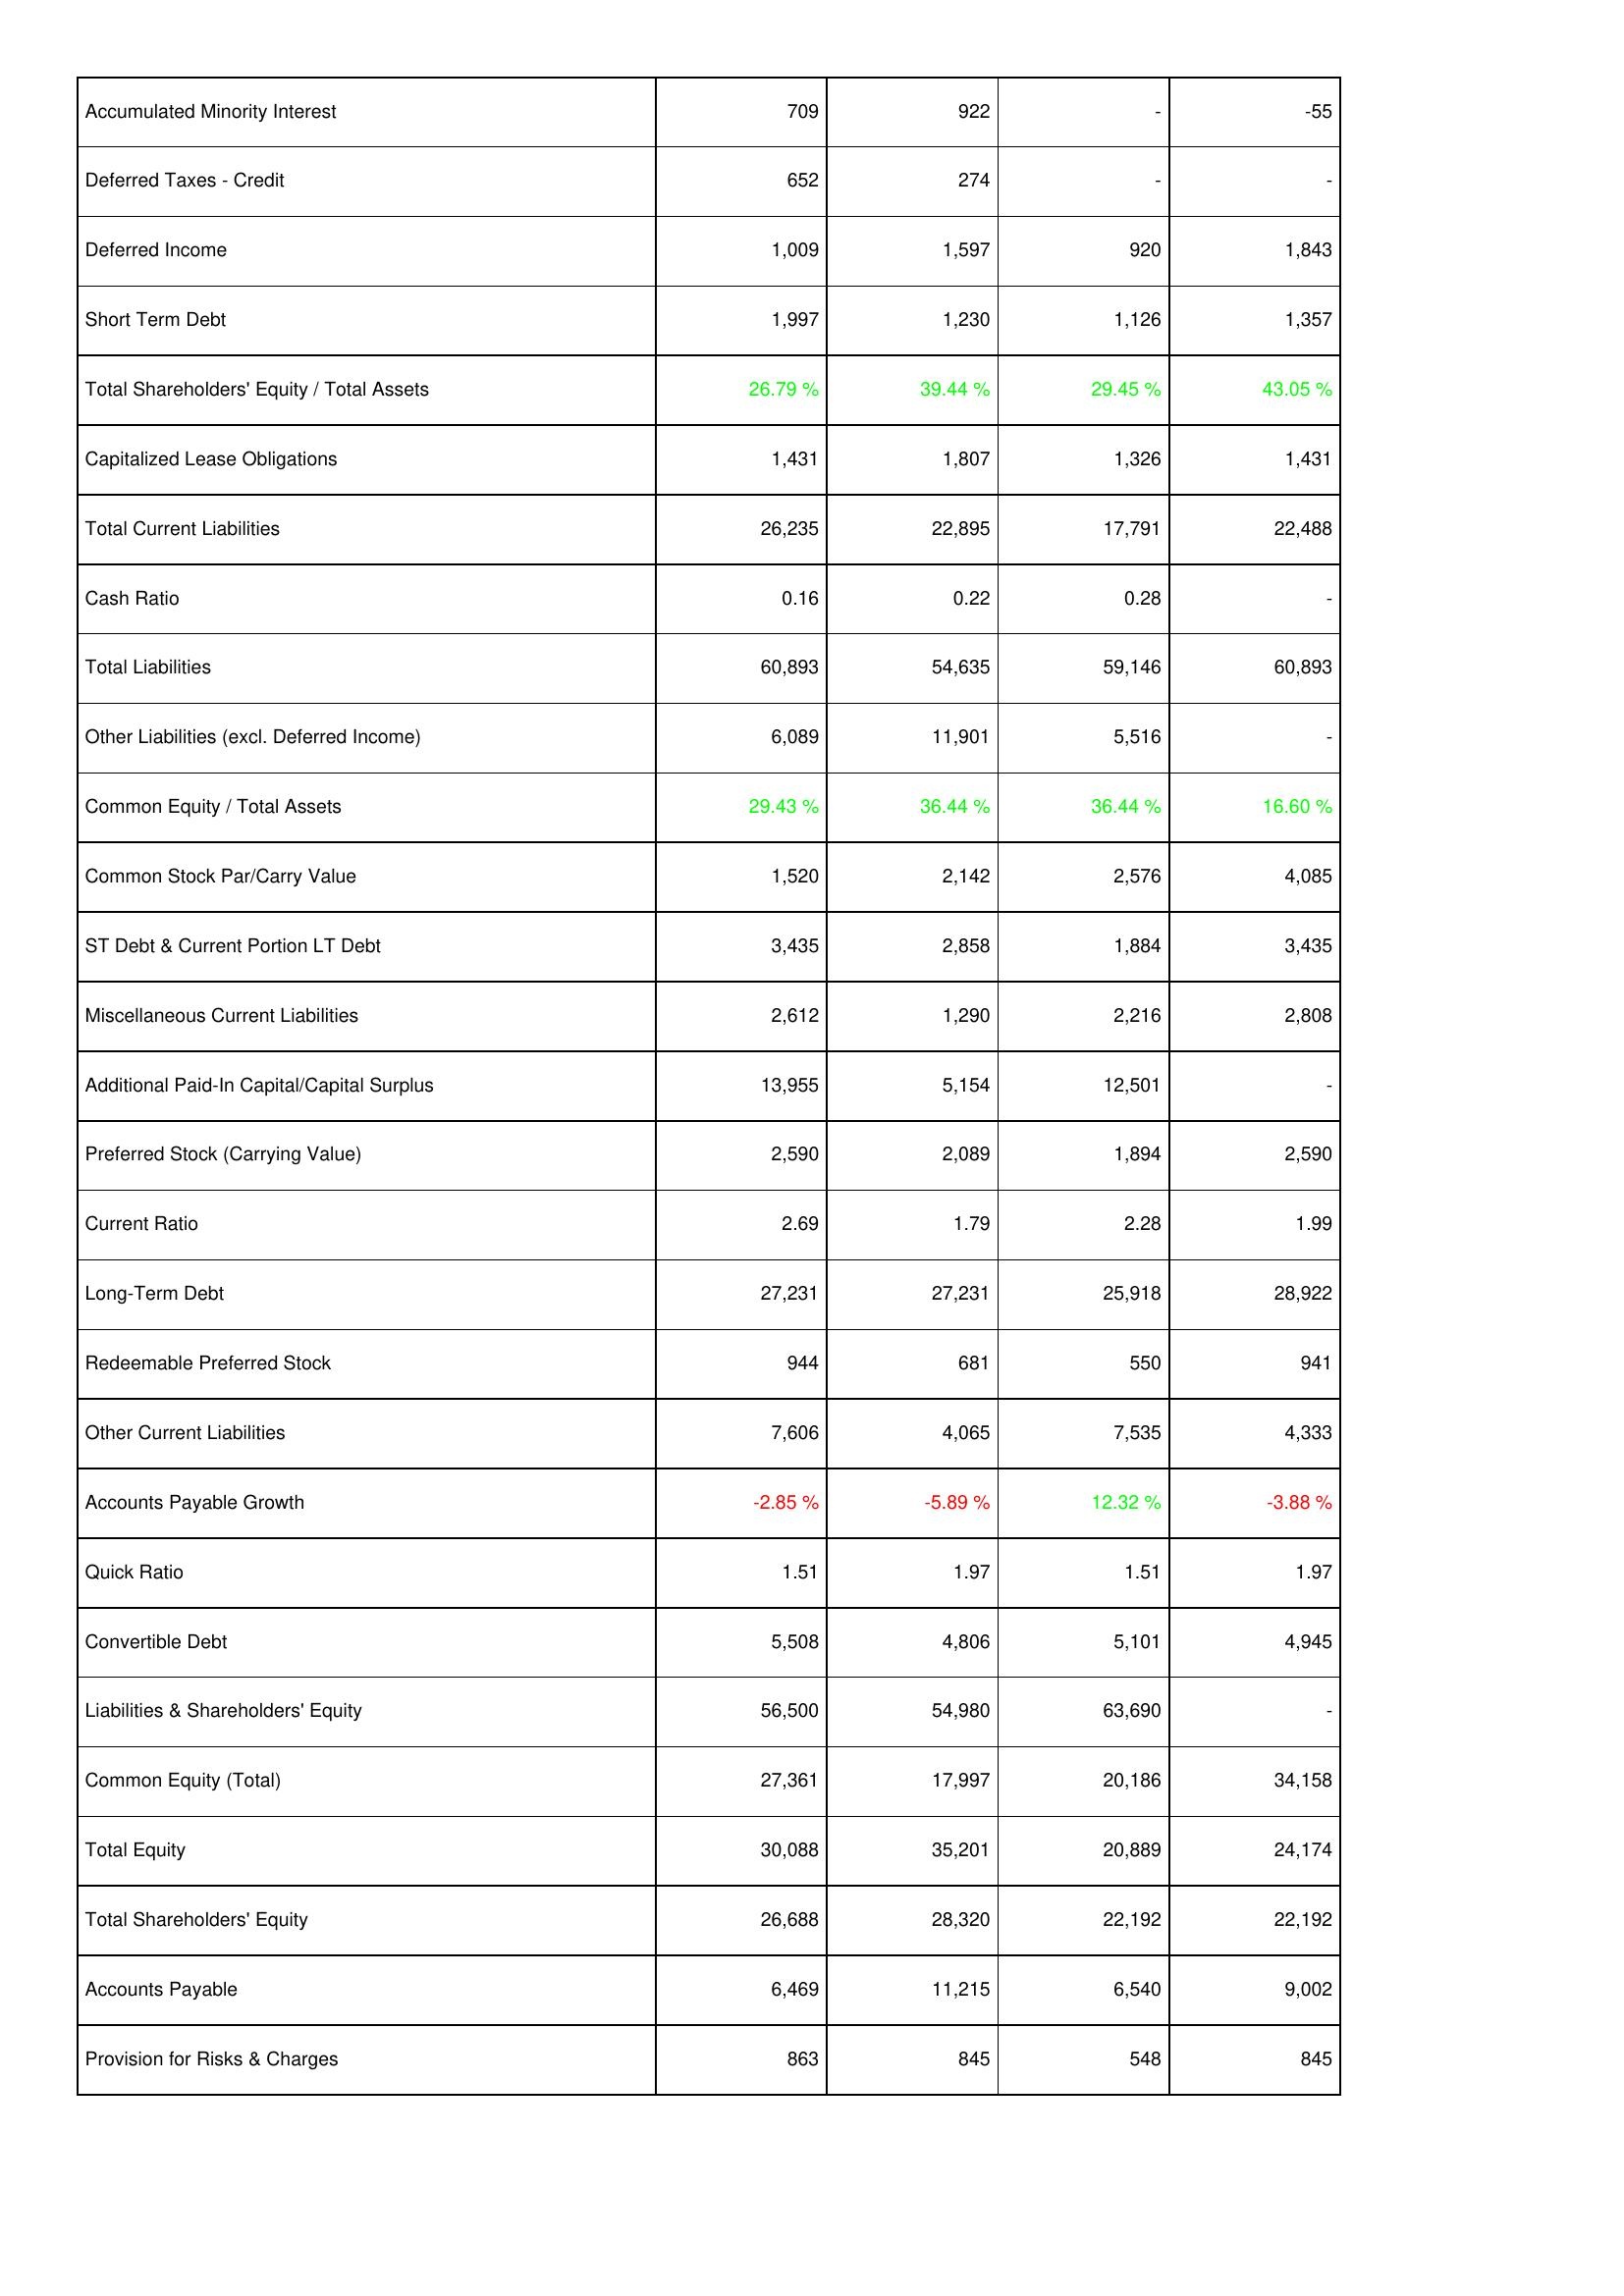
2009: Liabilities & Shareholders' Equity: Accumulated Minority Interest: 709
Deferred Taxes - Credit: 652
Deferred Income: 1,009
Short Term Debt: 1,997
Total Shareholders' Equity / Total Assets: 26.79 %
Capitalized Lease Obligations: 1,431
Total Current Liabilities: 26,235
Cash Ratio: 0.16
Total Liabilities: 60,893
Other Liabilities (excl. Deferred Income): 6,089
Common Equity / Total Assets: 29.43 %
Common Stock Par/Carry Value: 1,520
ST Debt & Current Portion LT Debt: 3,435
Miscellaneous Current Liabilities: 2,612
Additional Paid-In Capital/Capital Surplus: 13,955
Preferred Stock (Carrying Value): 2,590
Current Ratio: 2.69
Long-Term Debt: 27,231
Redeemable Preferred Stock: 944
Other Current Liabilities: 7,606
Accounts Payable Growth: -2.85 %
Quick Ratio: 1.51
Convertible Debt: 5,508
Liabilities & Shareholders' Equity: 56,500
Common Equity (Total): 27,361
Total Equity: 30,088
Total Shareholders' Equity: 26,688
Accounts Payable: 6,469
Provision for Risks & Charges: 863
2008: Liabilities & Shareholders' Equity: Accumulated Minority Interest: 922
Deferred Taxes - Credit: 274
Deferred Income: 1,597
Short Term Debt: 1,230
Total Shareholders' Equity / Total Assets: 39.44 %
Capitalized Lease Obligations: 1,807
Total Current Liabilities: 22,895
Cash Ratio: 0.22
Total Liabilities: 54,635
Other Liabilities (excl. Deferred Income): 11,901
Common Equity / Total Assets: 36.44 %
Common Stock Par/Carry Value: 2,142
ST Debt & Current Portion LT Debt: 2,858
Miscellaneous Current Liabilities: 1,290
Additional Paid-In Capital/Capital Surplus: 5,154
Preferred Stock (Carrying Value): 2,089
Current Ratio: 1.79
Long-Term Debt: 27,231
Redeemable Preferred Stock: 681
Other Current Liabilities: 4,065
Accounts Payable Growth: -5.89 %
Quick Ratio: 1.97
Convertible Debt: 4,806
Liabilities & Shareholders' Equity: 54,980
Common Equity (Total): 17,997
Total Equity: 35,201
Total Shareholders' Equity: 28,320
Accounts Payable: 11,215
Provision for Risks & Charges: 845
2007: Liabilities & Shareholders' Equity: Accumulated Minority Interest: -
Deferred Taxes - Credit: -
Deferred Income: 920
Short Term Debt: 1,126
Total Shareholders' Equity / Total Assets: 29.45 %
Capitalized Lease Obligations: 1,326
Total Current Liabilities: 17,791
Cash Ratio: 0.28
Total Liabilities: 59,146
Other Liabilities (excl. Deferred Income): 5,516
Common Equity / Total Assets: 36.44 %
Common Stock Par/Carry Value: 2,576
ST Debt & Current Portion LT Debt: 1,884
Miscellaneous Current Liabilities: 2,216
Additional Paid-In Capital/Capital Surplus: 12,501
Preferred Stock (Carrying Value): 1,894
Current Ratio: 2.28
Long-Term Debt: 25,918
Redeemable Preferred Stock: 550
Other Current Liabilities: 7,535
Accounts Payable Growth: 12.32 %
Quick Ratio: 1.51
Convertible Debt: 5,101
Liabilities & Shareholders' Equity: 63,690
Common Equity (Total): 20,186
Total Equity: 20,889
Total Shareholders' Equity: 22,192
Accounts Payable: 6,540
Provision for Risks & Charges: 548
2006: Liabilities & Shareholders' Equity: Accumulated Minority Interest: -55
Deferred Taxes - Credit: -
Deferred Income: 1,843
Short Term Debt: 1,357
Total Shareholders' Equity / Total Assets: 43.05 %
Capitalized Lease Obligations: 1,431
Total Current Liabilities: 22,488
Cash Ratio: -
Total Liabilities: 60,893
Other Liabilities (excl. Deferred Income): -
Common Equity / Total Assets: 16.60 %
Common Stock Par/Carry Value: 4,085
ST Debt & Current Portion LT Debt: 3,435
Miscellaneous Current Liabilities: 2,808
Additional Paid-In Capital/Capital Surplus: -
Preferred Stock (Carrying Value): 2,590
Current Ratio: 1.99
Long-Term Debt: 28,922
Redeemable Preferred Stock: 941
Other Current Liabilities: 4,333
Accounts Payable Growth: -3.88 %
Quick Ratio: 1.97
Convertible Debt: 4,945
Liabilities & Shareholders' Equity: -
Common Equity (Total): 34,158
Total Equity: 24,174
Total Shareholders' Equity: 22,192
Accounts Payable: 9,002
Provision for Risks & Charges: 845